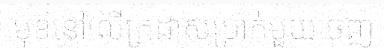
មុខនៅលើក្រដាសប្រាក់មួយចេញ